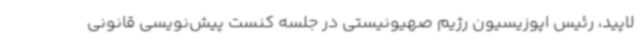
لاپید، رئیس اپوزیسیون رژیم صهیونیستی در جلسه کنست پیش‌نویسی قانونی